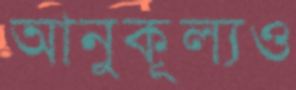
আনুকূল্যও